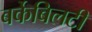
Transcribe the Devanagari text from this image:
बर्केबिलटी